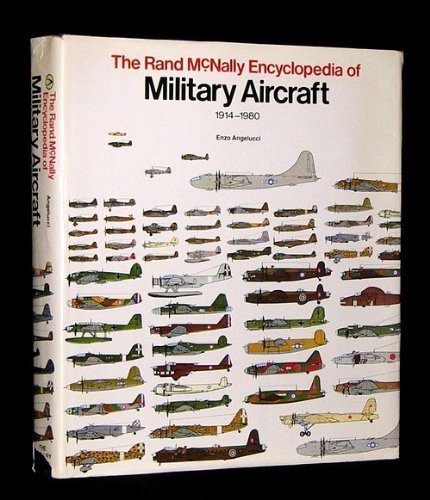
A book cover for The Rand McNally Encyclopedia Of Military Aircraft, 1914-1980; Enzo Angelucci; Reference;